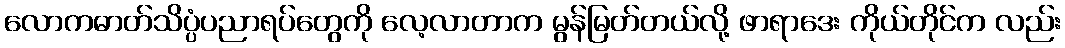
လောကဓာတ်သိပ္ပံပညာရပ်တွေကို လေ့လာတာက မွန်မြတ်တယ်လို့ ဖာရာဒေး ကိုယ်တိုင်က လည်း